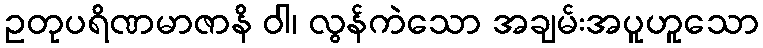
ဥတုပရိဏမာဇာနိ ဝါ၊ လွန်ကဲသော အချမ်းအပူဟူသော